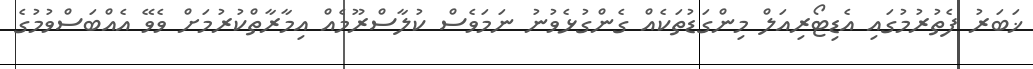
ޚަބަރު ފެތުރުމުގައި އެޑިޓޯރިއަލް މިންގަޑުތަކެއް ގެންގުޅެވުނު ނަމަވެސް ކުލާސްރޫމެއް އިމާރާތްކުރުމަށް ވެވޭ އެއްބަސްވުމުގެ